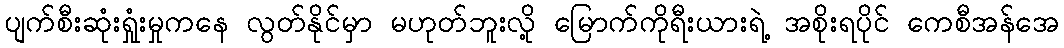
ပျက်စီးဆုံးရှုံးမှုကနေ လွတ်နိုင်မှာ မဟုတ်ဘူးလို့ မြောက်ကိုရီးယားရဲ့ အစိုးရပိုင် ကေစီအန်အေ